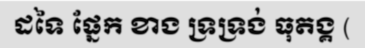
ដទៃ ផ្នែក ខាង ទ្រទ្រង់ ធុតង្គ (